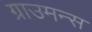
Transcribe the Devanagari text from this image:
ग्राउमन्स